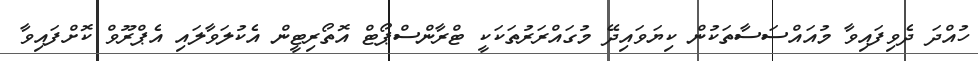
ހުއްދަ ދެވިފައިވާ މުއައްސަސާތަކުން ކިޔަވައިދޭ މުގައްރަރުތަކަކީ ޓްރާންސްޕޯޓް އޮތޯރިޓީން އެކުލަވާލައި އެޕްރޫވް ކޮށްފައިވާ